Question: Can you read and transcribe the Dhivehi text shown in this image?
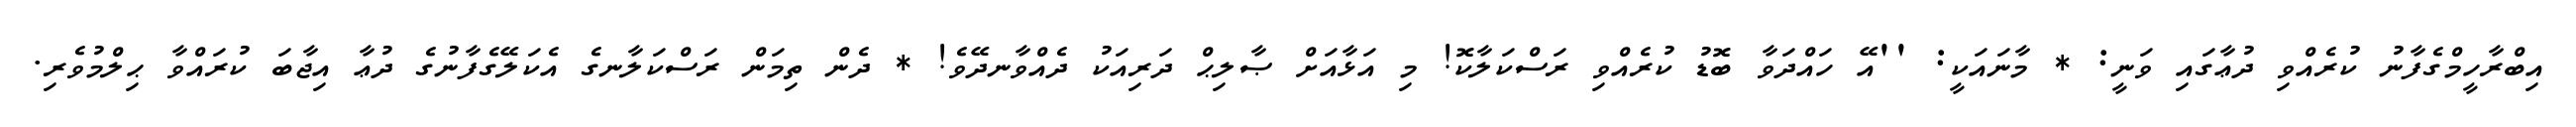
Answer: އިބްރާހީމްގެފާނު ކުރެއްވި ދުޢާގައި ވަނީ: * މާނައަކީ: ''އޭ ހައްދަވާ ބޮޑު ކުރެއްވި ރަސްކަލާކޮ! މި އަޅާއަށް ޞާލިޙް ދަރިއަކު ދެއްވާނދޭވެ! * ދެން ތިމަން ރަސްކަލާނގެ އެކަލޭގެފާނުގެ ދުޢާ އިޖާބަ ކުރައްވާ ޙިލްމުވެރި.